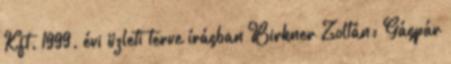
Kft. 1999. évi üzleti terve írásban Birkner Zoltán: Gáspár